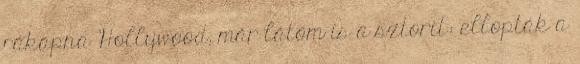
rákapna Hollywood, már látom is a sztorit: ellopták a